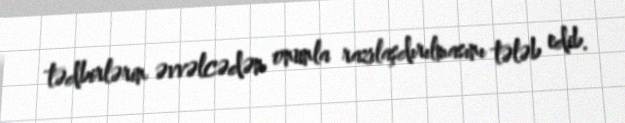
tədbirlərin əvvəlcədən onunla razılaşdırılmasını tələb edib.